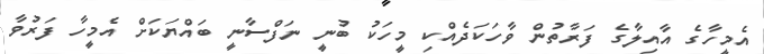
އެމީހާގެ އާއިލާގެ ފަރާތުން ވާހަކަދެއްކި މީހަކު ބުނީ ނަފްސާނީ ބައްޔަކަށް އެމީހާ ފަރުވާ